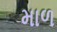
માળ